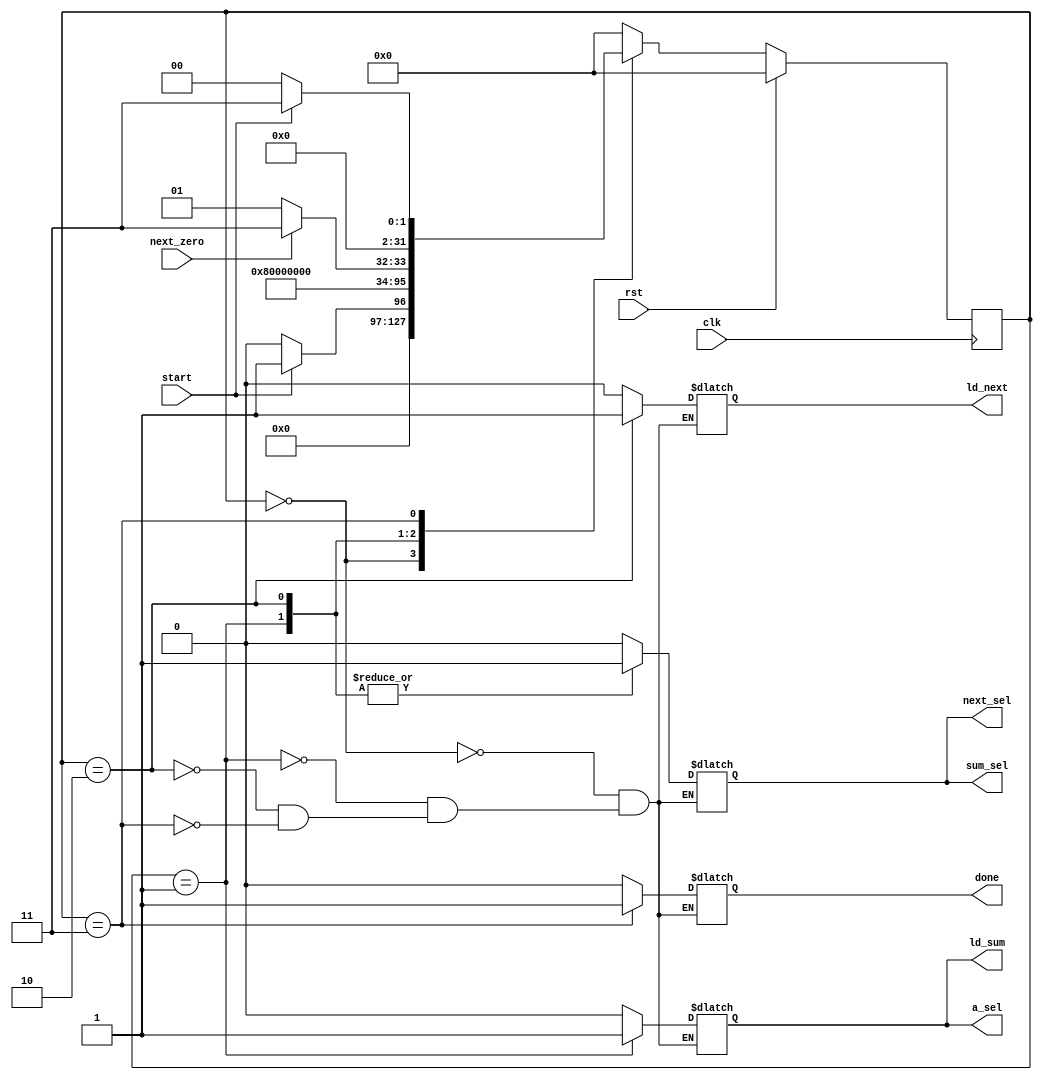
`timescale 1ns / 1ps
//////////////////////////////////////////////////////////////////////////////////
// Company: 
// Engineer: 
// 
// Design Name: 
// Module Name: FSM
// Project Name: 
// Target Devices: 
// Tool Versions: 
// Description: 
// 
// Dependencies: 
// 
// Revision:
// Revision 0.01 - File Created
// Additional Comments:
// 
//////////////////////////////////////////////////////////////////////////////////


module FSM(clk,rst,start,next_zero,ld_sum,ld_next,sum_sel,next_sel,a_sel,done);
    input clk,rst,start,next_zero;
    output reg ld_sum,ld_next,sum_sel,next_sel,a_sel,done;
    integer state,next_state;
    
    initial begin
        ld_sum=0;
        ld_next=0;
        sum_sel=0;
        next_sel=0;
        a_sel=0;
        done=0;
        state = 0;
    end
    
    always@(*)begin
        case(state)
            0:begin
                {ld_sum,ld_next,sum_sel,next_sel,a_sel,done}=6'b000000;
                if (start==1) begin
                    next_state<=1;
                end
                else begin
                    next_state<=0;
                end
            end
            1:begin
                {ld_sum,ld_next,sum_sel,next_sel,a_sel,done}=6'b101110;
                next_state<=2;
            end
            2:begin
                {ld_sum,ld_next,sum_sel,next_sel,a_sel,done}=6'b011100;
                if (next_zero) begin
                    next_state<=3;
                end
                else begin
                    next_state<=1;
                end
            end
            3:begin
                {ld_sum,ld_next,sum_sel,next_sel,a_sel,done}=6'b000001;
                if (start==1) begin
                    next_state<=3;
                end
                else begin
                    next_state<=0;
                end
            end
            default:next_state<=0;
        endcase
    end
    
    always@(posedge clk)
    begin
        if (rst == 1)
            state<=0;
        else 
            state<=next_state; 
    end
endmodule